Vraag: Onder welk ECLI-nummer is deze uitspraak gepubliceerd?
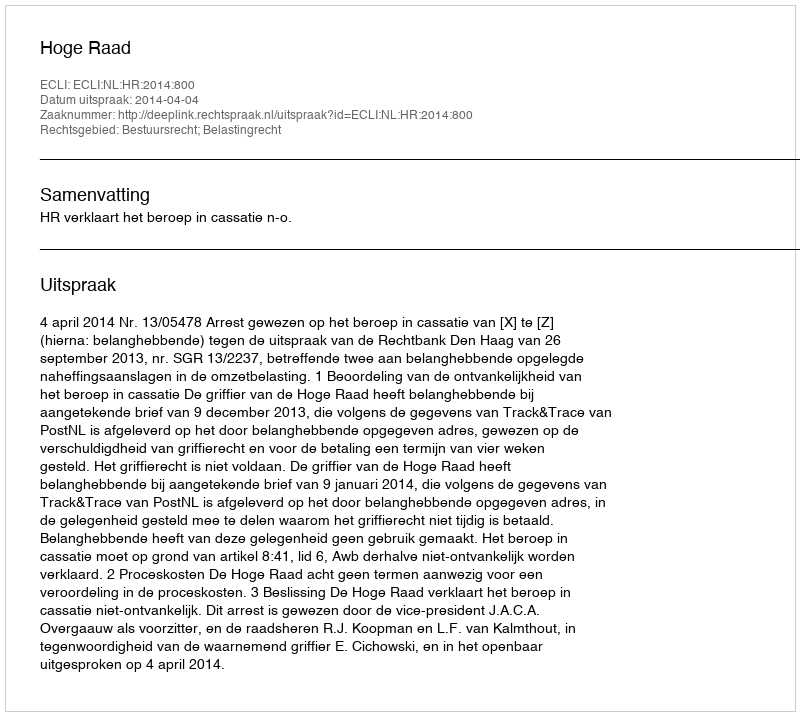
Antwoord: ECLI:NL:HR:2014:800